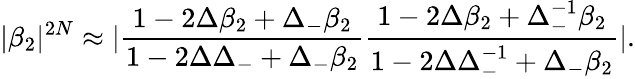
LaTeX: |\beta_{2}|^{2N}\approx|\frac{1-2\Delta\beta_{2}+\Delta_{-}\beta_{2}}{1-2\Delta\Delta_{-}+\Delta_{-}\beta_{2}}\frac{1-2\Delta\beta_{2}+\Delta_{-}^{-1}\beta_{2}}{1-2\Delta\Delta_{-}^{-1}+\Delta_{-}\beta_{2}}|.